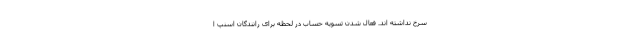
سرخ نداشته اند. فعال شدن تسویه‌ حساب در لحظه برای رانندگان اسنپ ا